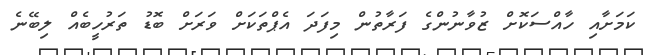
ކަމަށާއި ހާއްސަކޮށް ޒުވާނުންގެ ފަރާތުން މިފަދަ އެޕްތަކަށް ވަރަށް ބޮޑު ތަރުހީބެއް ލިބޭނެ